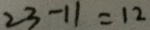
2 3 - 1 1 = 1 2